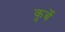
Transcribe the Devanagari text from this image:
कुर्बे